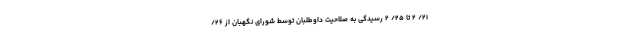
۲۱/ ۲ تا ۲۵/ ۲ رسیدگی به صلاحیت داوطلبان توسط شورای نگهبان از ۲۶/